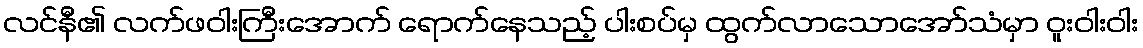
လင်နီ၏ လက်ဖဝါးကြီးအောက် ရောက်နေသည့် ပါးစပ်မှ ထွက်လာသောအော်သံမှာ ဝူးဝါးဝါး